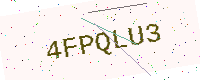
Text: 4FPQLU3